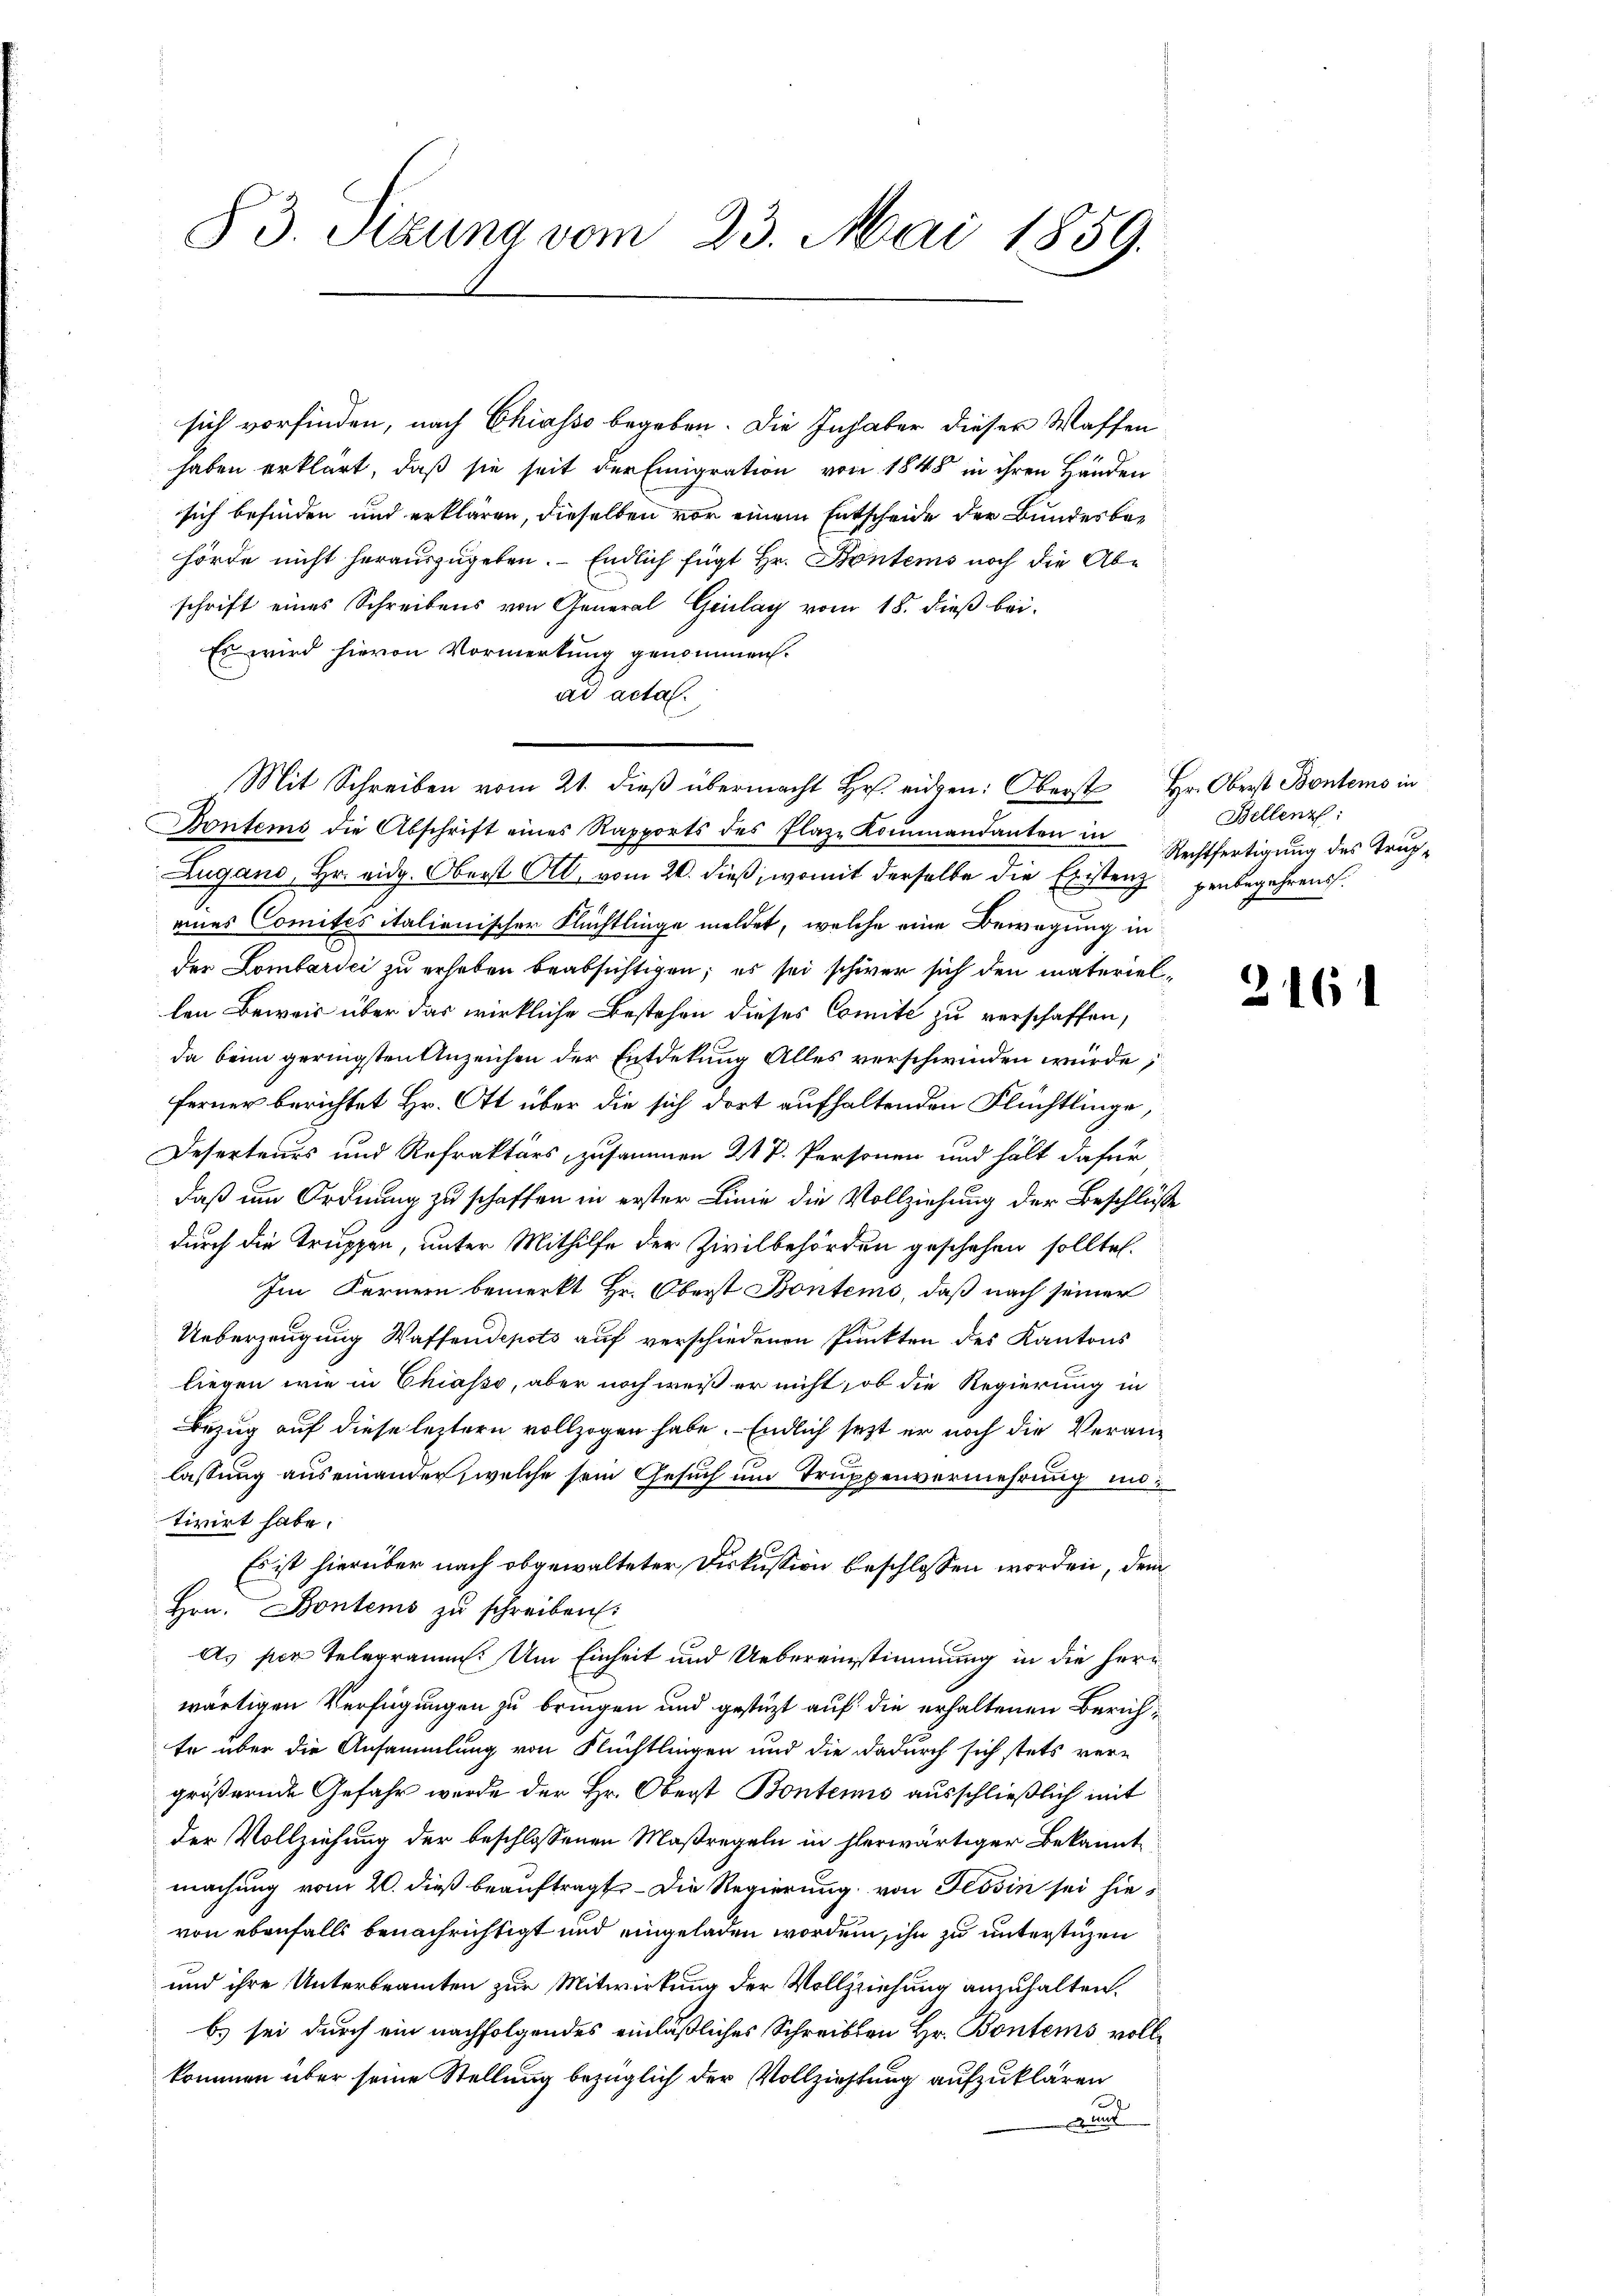
83. Sizung vom 23. Mai 1859.

sich vorfinden, nach Chiasso begeben. Die Inhaber dieser Waffen
haben erklärt, daß sie seit der Emigration von 1848 in ihren Händen
sich befinden und erklären, dieselben vor einem Entscheide der Bundesbehörde nicht herauszugeben. - Endlich fügt Hr. Bontens noch die Abschrift eines Schreibens von General Giulay vom 18. dieß bei-
Es wird hievon Vormerkung genommen.
ad actal.
Mit Schreiben vom 21. dieß übermacht Hr. eidgen: Oberst Hr. Oberst Bontems in
Pontems die Abschrift eines Rapports des Plaze Kommandanten in
Zugano, Hr. eidg. Oberst Ott, vom 20. dieß, womit derselbe die Existenz penbegehrens.
eines Comités italienischer Flüchtlinge meldet, welche eine Bewegung in
der Lombardei zu erheben beabsichtigen; es sei schwer sich den materiellen Beweis über das wirkliche Bestehen dieses Comite zu verschaffen,
da beim geringsten Anzeichen der Entdekung Alles verschwinden würde;
ferner berichtet Hr. Ott über die sich dort aufhaltenden Flüchtlinge,
Deserteurs und Refraktärs, zusammen 21 P. Personen und hält dafür
daß um Ordnung zu schaffen in erster Linie die Vollziehung der Beschlüße
durch die Truppen, unter Mithilfe der Zivilbehörden geschehen sollte.
Im Fernern bemerkt Hr. Oberst Bontems, daß nach seiner
Ueberzeugung Waffendepots auf verschiedenen Punkten des Kantons
liegen wie in Chiasso, aber noch weiß er nicht, ob die Regierung in
Bezug auf diese leztern vollzogen habe. - Endlich sezt er noch die Veranlassung auseinander, welche sein Gesuch um Truppenvermehrung instirirt habe.
Es ist hierüber nach obgewalteter Diskussion beschlossen worden, dem
Hrn. Bontems zu schreiben:
As per Telegramm. Um Einheit und Uebereinstimmung in die Herr
wärtigen Verfügungen zu bringen und gestützt auf die erhaltenen Zürichte über die Ansammlung von Flüchtlingen und die dadurch sich stets ver-
größernde Gefahr wurde der Hr. Oberst Bontens ausschließlich mit
der Vollziehung der beschlossenen Maßregeln in herwärtiger Bekannt
machung vom 20. dieß beauftragt. – Die Regierung von Tessin sei hievon ebenfalls benachrichtigt und eingeladen worden, ihn zu unterstüzen
und ihre Unterbeamten zur Mitwirkung der Vollziehung anzuhalten.
b) sei durch ein nachfolgendes einläßliches Schreibten Hr. Bontems vollkommen über seine Stellung bezüglich der Vollziehtung aufzuklären
1
Bunt

Bellenz:
Rechtfertigung des Trup¬

216